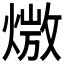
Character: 𪹖